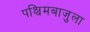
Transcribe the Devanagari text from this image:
पश्चिमबाजुला